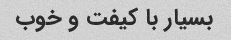
بسیار با کیفت و خوب